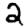
Digit: 2